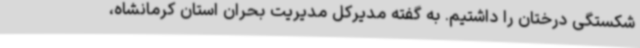
شکستگی درختان را داشتیم. به گفته مدیرکل مدیریت بحران استان کرمانشاه،